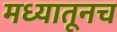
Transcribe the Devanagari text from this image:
मध्यातूनच